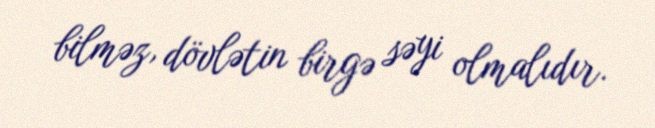
bilməz, dövlətin birgə səyi olmalıdır.